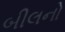
બીલનો